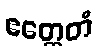
ဧတ္ထေတံ